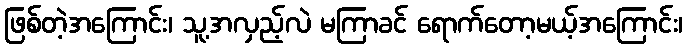
ဖြစ်တဲ့အကြောင်း၊ သူ့အလှည့်လဲ မကြာခင် ရောက်တော့မယ့်အကြောင်း၊